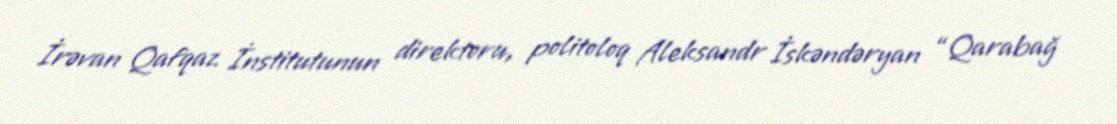
İrəvan Qafqaz İnstitutunun direktoru, politoloq Aleksandr İskəndəryan “Qarabağ